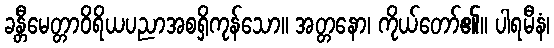
ခန္တီမေတ္တာဝိရိယပညာအစရှိကုန်သော။ အတ္တနော၊ ကိုယ်တော်၏။ ပါရမီနံ၊